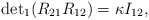
\begin{align*}{\det}_{1} (R_{21} R_{12}) = \kappa I_{12},\end{align*}